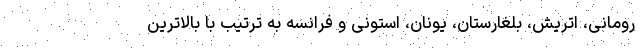
رومانی، اتریش، بلغارستان، یونان، استونی و فرانسه به ترتیب با بالاترین